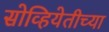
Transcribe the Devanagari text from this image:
सोव्हियेतीच्या